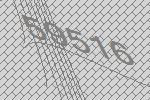
59516